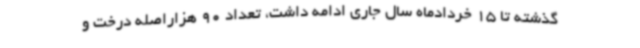
گذشته تا 15 خردادماه سال جاری ادامه داشت، تعداد 90 هزاراصله درخت و